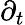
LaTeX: \partial_{t}